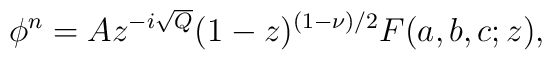
\phi^n = A z^{-i \sqrt{Q}} (1-z)^{(1-\nu)/2} F(a,b,c;z),